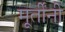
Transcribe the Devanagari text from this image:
मूर्तींनी